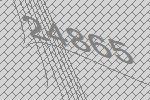
24865